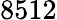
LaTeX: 8512